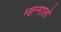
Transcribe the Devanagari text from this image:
म्हन्गालो